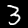
Digit: 3